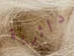
دائرية